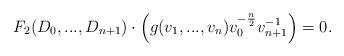
LaTeX: \begin{align*} F_2(D_0,...,D_{n+1})\cdot \Big(g(v_1,...,v_n)v_0^{ -\frac{n}{2}}v_{n+1}^{-1}\Big)=0. \end{align*}